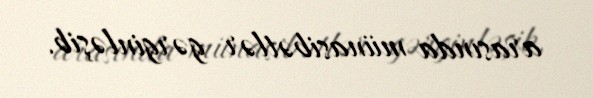
arasında münasibətlər gərginləşib.